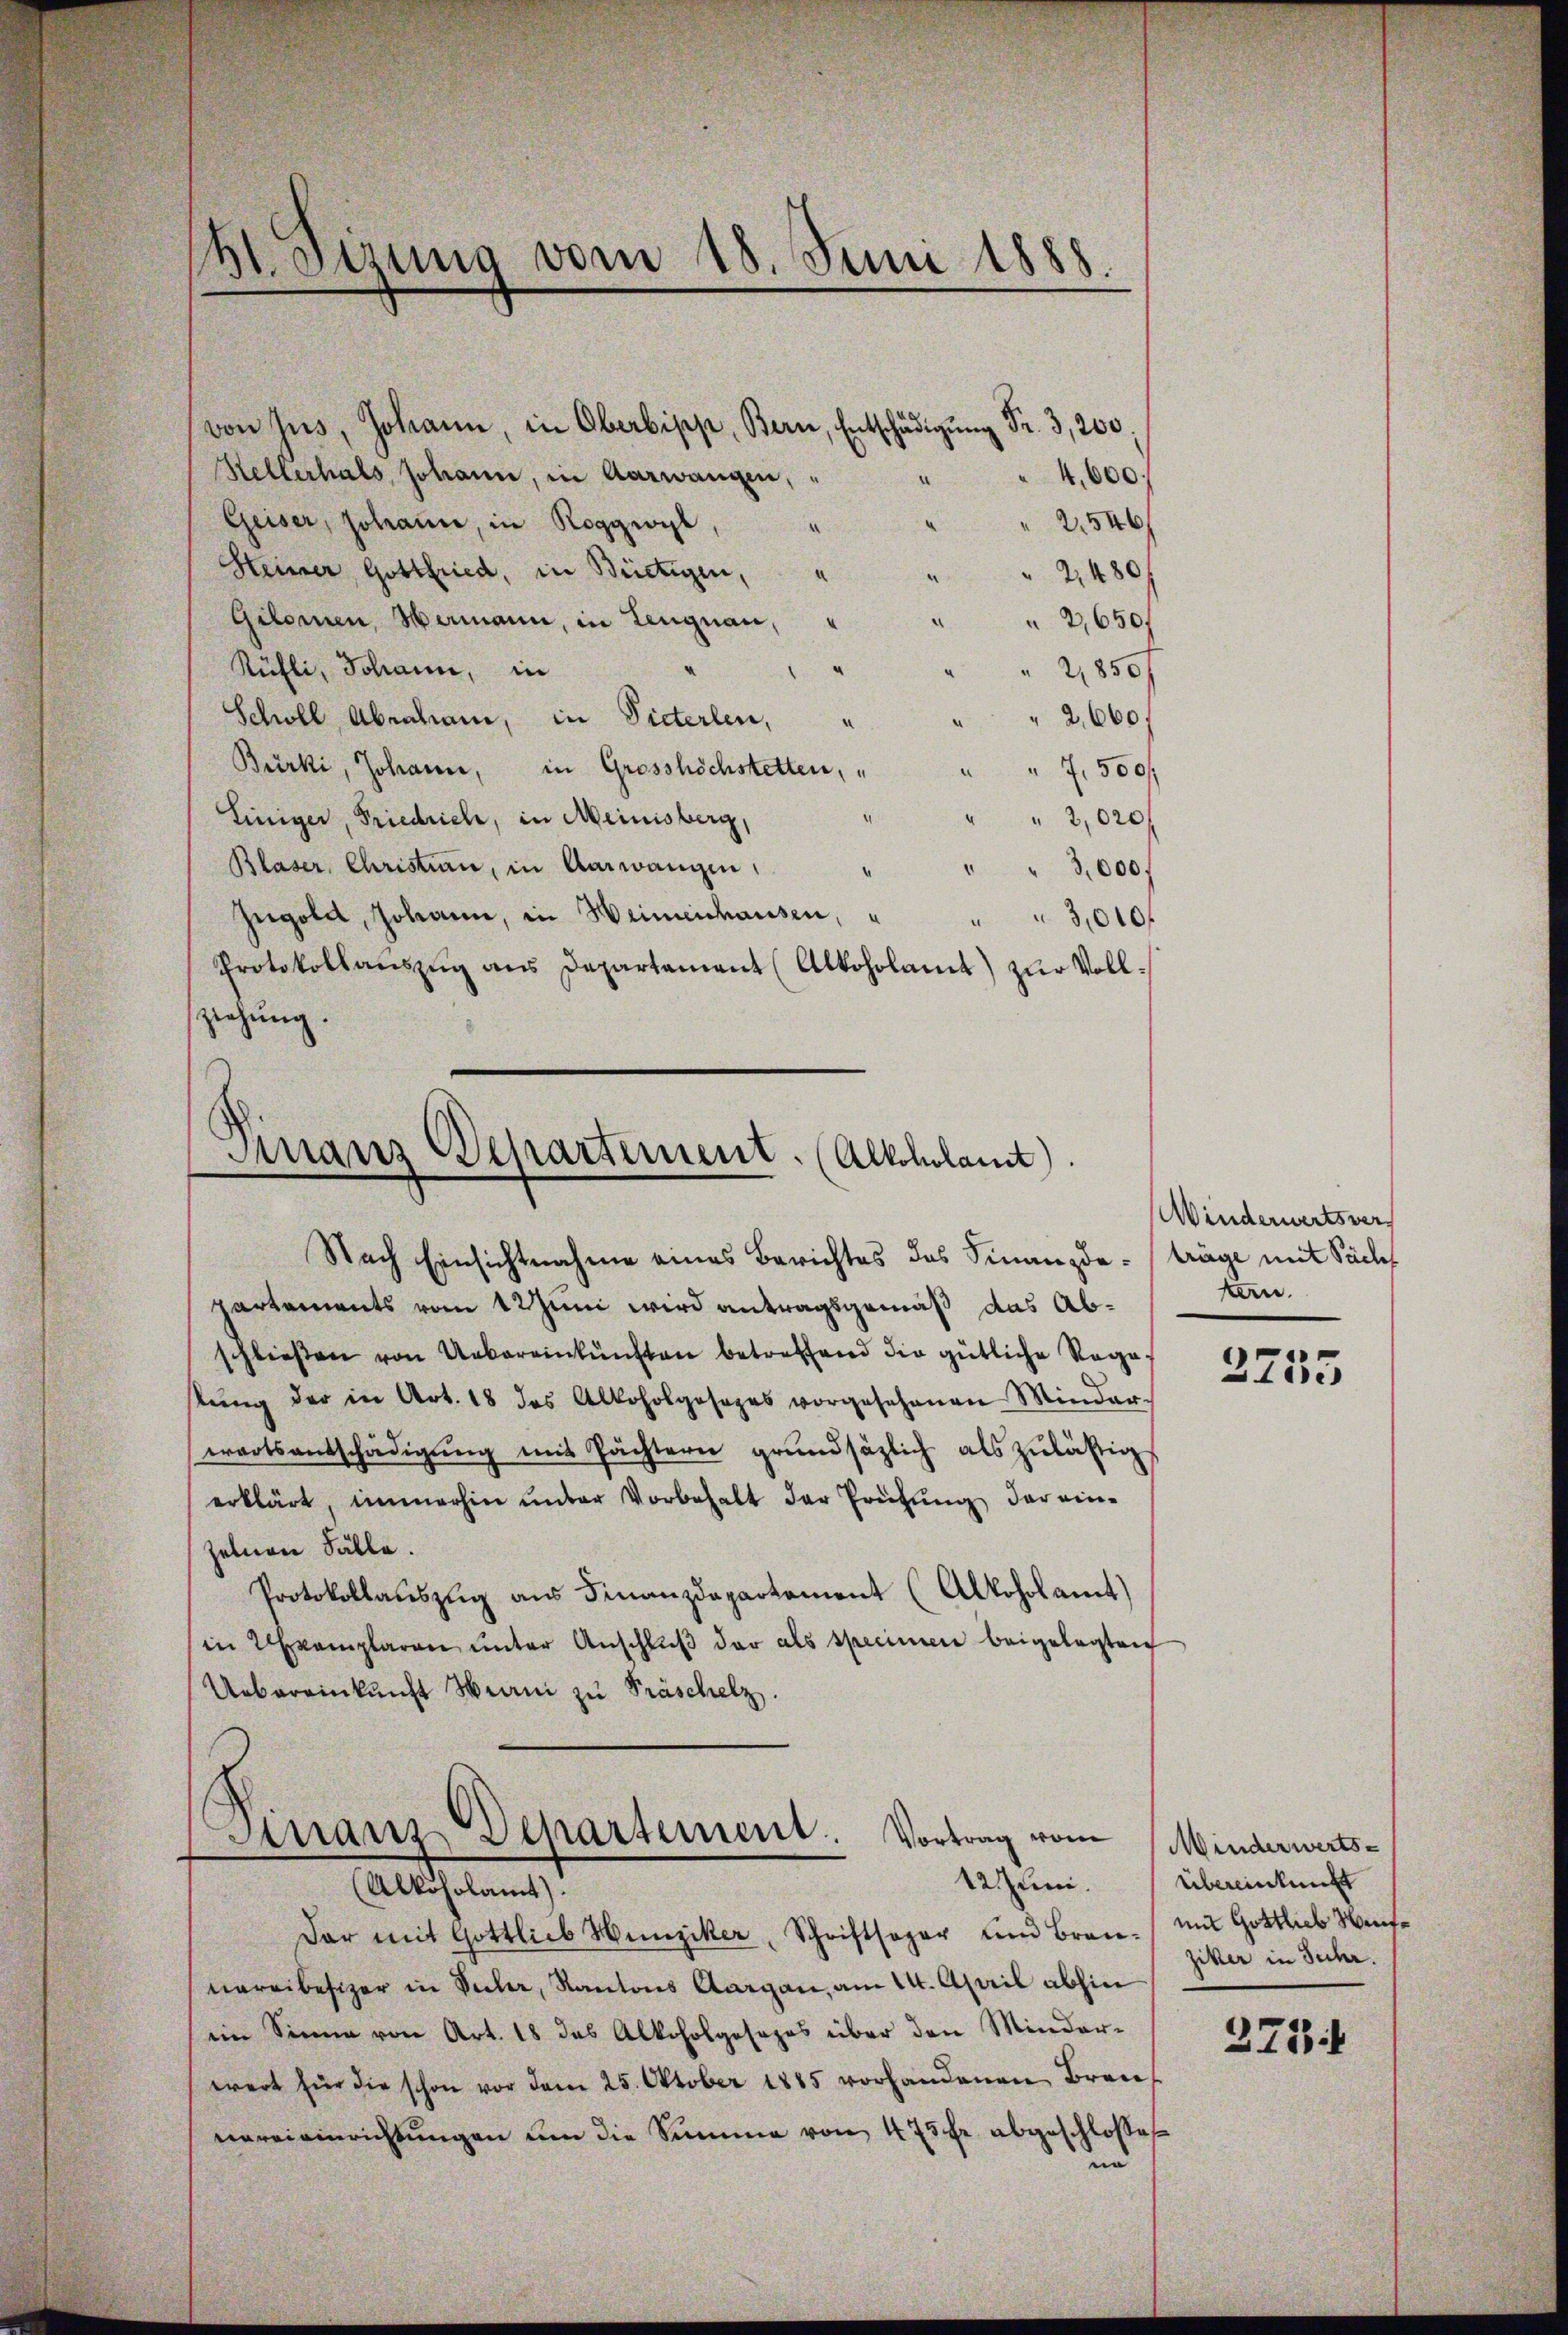
bt. Sisung vom 18. Juni 1888.

von sus, Johann, in Oberbipp, Bern, Entschädigung Fr. 3,200.
Kellerhals, Johann, in Aarwangen, " " " 4,600
Geiser, Johann, in Roggwyl,
2546
Heimer, Gottfried, in Brietigen,
2480/
Gilomen Mamann, in Lengnau,
2,650.
Rüfli, Schann, in
 2850
2,660.
Scholl Abrahami, in Pieterlen, "
Bürki, Johann, in Grosshöchstetten, " " " 7,500f
4.
" " 2,020 f
Einiger, Friedrich, in Meinisberg,
Blaser, Christian, in Aarwangen,
" " 3000f
.
Zŭgold, Johann, in Heimenhausen, " " " 3,010
Protokollaŭszŭg ans Departament (Alkoholamt) zŭr Voll-
ziehung.

Finanz Departement. (Altollamt).

Nach Einsichtnahme eines Berichtes des Finanzda - träge mit Sache
partements vom 12 Juni wird antragsgemäß das Abschließen von Uebereinkunften betreffend die gütliche Rege
stŭng der in Art. 18 das Alkoholgesages vorgesehenen Minder-
wartsentschädigung mit Pächtern grundsätzlich als zulässig
erklärt, immerhin unter Vorbehalt der Prüfung der einzelnen Fälle.
Protokollaŭszŭg aŭs Finanzdepartement (Alkoholamt)
in Exemplaren ŭnter Anschlŭβ der als specimen beigelegten
Uebereinkunft Wrani zu Präschelz.
Arranz Separtement. Vortrag von
12. Juni. Übereinkunft
(Alkoholamt).
Dar mit Gottlieb Hunziker, Schriftsogar und Bran- mit Gottlieb Heute
nereibesizer in Sicher, Kantons Aargau, am 14. April abhin
(ein Sinne von Art. 18 des Alkoholgesezes über den Minderwert für die schon vor dem 25. Oktober 1885 vorhandenen Bren
vereieinrichtungen um die Summe von 475 Fr. abgeschlossen
und

Winderwertsvers
tan.

2755

Minderwerts-
ziker in Suhr.

3774